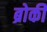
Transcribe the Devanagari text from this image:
ब्रोकी